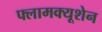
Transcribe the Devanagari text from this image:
फ्लामक्यूशेन